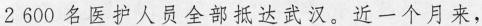
2 600名医护人员全部抵达武汉。近一个月来，